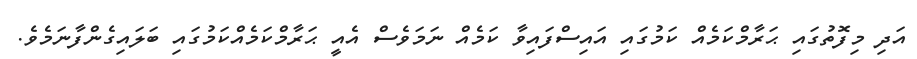
އަދި މިފޮތުގައި ޙަރާމްކަމެއް ކަމުގައި އައިސްފައިވާ ކަމެއް ނަމަވެސް އެއީ ޙަރާމްކަމެއްކަމުގައި ބަލައިގެންފާނަމެވެ.